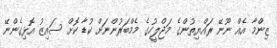
ޒިންމާ އެއް ނޫނޭ ރައްޔިތުންގެ މަޖްލީހުގެ މެމްބަރުންނަށް ކުޑާ ކޮށް ސައިޒު އޮޅިގެންނޭ